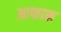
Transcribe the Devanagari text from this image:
आफाक